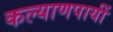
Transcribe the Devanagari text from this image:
कल्याणपायीं